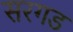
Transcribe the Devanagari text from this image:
सरगड